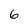
Character: 6